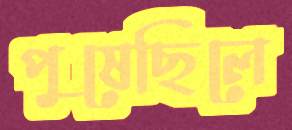
পুষেছিলে